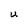
Character: U